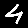
Digit: 4